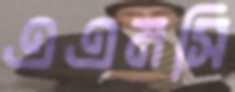
এএমসি